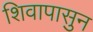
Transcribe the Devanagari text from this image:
शिवापासुन